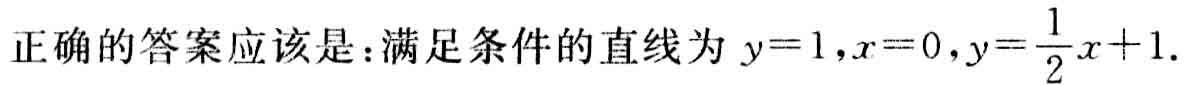
正确的答案应该是：满足条件的直线为 \(y = 1,x = 0,y=\frac{1}{2}x + 1\).